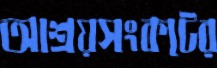
আশ্রয়সংকটের